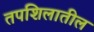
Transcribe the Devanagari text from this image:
तपशिलातील